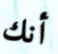
أنك